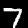
Digit: 7